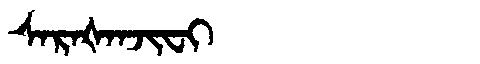
Manchu: ᠰᠠᡵᠠᡧᠠᠨᠵᡳᠸᡳ
Romanization: SARAŠANJIFI